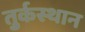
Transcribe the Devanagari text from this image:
तु्र्कस्थान